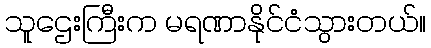
သူဌေးကြီးက မရဏာနိုင်ငံသွားတယ်။